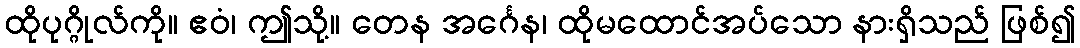
ထိုပုဂ္ဂိုလ်ကို။ ဧဝံ၊ ဤသို့။ တေန အင်္ဂေန၊ ထိုမထောင်အပ်သော နားရှိသည် ဖြစ်၍